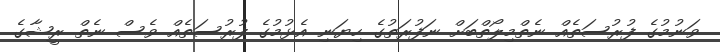
ވަނުމުގެ ފުރުސަތެއް ނެތްމިލޯތްބަށް ނަފުރަތުގެ ހިޔަނި އެޅުމުގެ ފުރުސަތެއް ވެސް ނެތް ރީޝާގެ